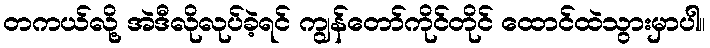
တကယ်လို့ အဲဒီလိုလုပ်ခဲ့ရင် ကျွန်တော်ကိုင်တိုင် ထောင်ထဲသွားမှာပါ။